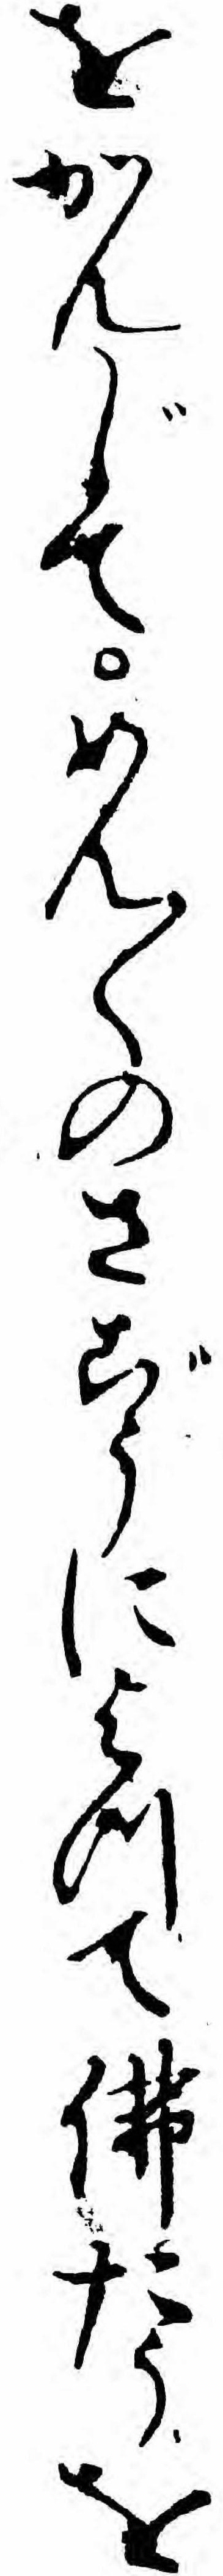
をかんじてめん〱のさごうによつて仏たうを